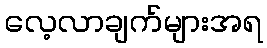
လေ့လာချက်များအရ